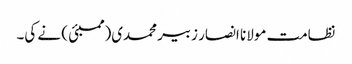
نظامت مولانا انصار زبیر محمدی(ممبئی ) نے کی۔